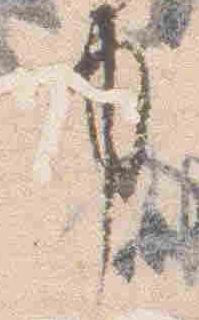
事